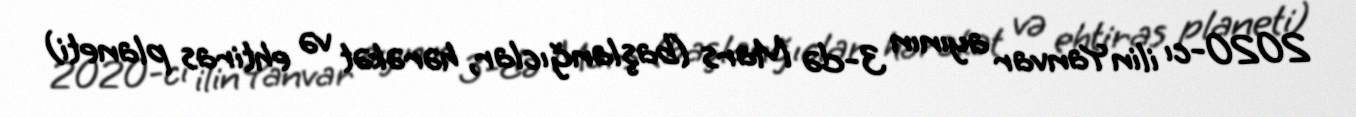
2020-cı ilin Yanvar ayının 3-də Mars (başlanğıclar, hərəkət və ehtiras planeti)